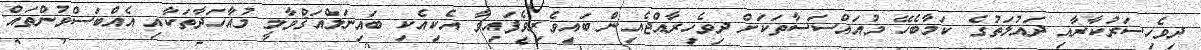
ދިވެހިސަރުކާރާއި ދައުލަތުގެ ކަމާބެހޭ މުއައްސަސާތަކަށް ދިވެހިރާއްޖެއިން ބައިވެރިވެފައިވާ އެކިއެކި ބައިނަލްއަޤްވާމީ މުއާހަދާތަކާއި އެއްބަސްވުންތައް